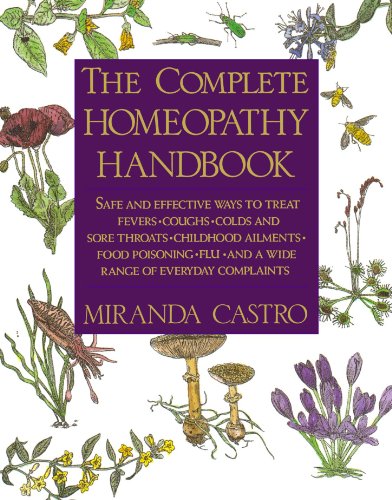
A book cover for The Complete Homeopathy Handbook: Safe and Effective Ways to Treat Fevers, Coughs, Colds and Sore Throats, Childhood Ailments, Food Poisoning, Flu, and a Wide Range of Everyday Complaints; Miranda Castro; Health, Fitness & Dieting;